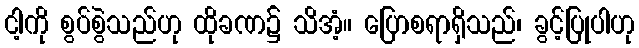
ငါ့ကို စွပ်စွဲသည်ဟု ထိုခဏ၌ သိအံ့။ ပြောစရာရှိသည်၊ ခွင့်ပြုပါဟု